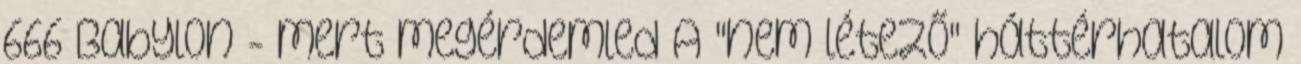
666 Babylon - mert megérdemled A "nem létező" háttérhatalom